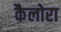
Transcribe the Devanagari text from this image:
कैलोरा